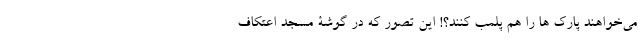
می‌خواهند پارک ها را هم پلمب کنند؟! این تصور که در گوشۀ مسجد اعتکاف